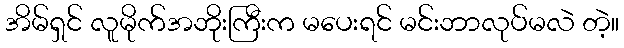
အိမ်ရှင် လူမိုက်အဘိုးကြီးက မပေးရင် မင်းဘာလုပ်မလဲ တဲ့။